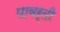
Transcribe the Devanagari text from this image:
पावर्ती